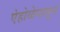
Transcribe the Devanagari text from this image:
ऐहोळेपासून